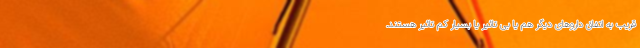
قریب به اتفاق دارو‌های دیگر هم یا بی تاثیر یا بسیار کم تاثیر هستند.